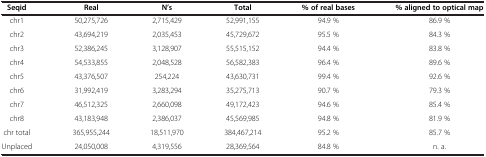
<table><thead><tr><td><b>Seqid</b></td><td><b>Real</b></td><td><b>N’s</b></td><td><b>Total</b></td><td><b>% of real bases</b></td><td><b>% aligned to optical map</b></td></tr></thead><tbody><tr><td>chr1</td><td>50,275,726</td><td>2,715,429</td><td>52,991,155</td><td>94.9 %</td><td>86.9 %</td></tr><tr><td>chr2</td><td>43,694,219</td><td>2,035,453</td><td>45,729,672</td><td>95.5 %</td><td>84.3 %</td></tr><tr><td>chr3</td><td>52,386,245</td><td>3,128,907</td><td>55,515,152</td><td>94.4 %</td><td>83.8 %</td></tr><tr><td>chr4</td><td>54,533,855</td><td>2,048,528</td><td>56,582,383</td><td>96.4 %</td><td>89.6 %</td></tr><tr><td>chr5</td><td>43,376,507</td><td>254,224</td><td>43,630,731</td><td>99.4 %</td><td>92.6 %</td></tr><tr><td>chr6</td><td>31,992,419</td><td>3,283,294</td><td>35,275,713</td><td>90.7 %</td><td>79.3 %</td></tr><tr><td>chr7</td><td>46,512,325</td><td>2,660,098</td><td>49,172,423</td><td>94.6 %</td><td>85.4 %</td></tr><tr><td>chr8</td><td>43,183,948</td><td>2,386,037</td><td>45,569,985</td><td>94.8 %</td><td>81.9 %</td></tr><tr><td>chr total</td><td>365,955,244</td><td>18,511,970</td><td>384,467,214</td><td>95.2 %</td><td>85.7 %</td></tr><tr><td>Unplaced</td><td>24,050,008</td><td>4,319,556</td><td>28,369,564</td><td>84.8 %</td><td>n. a.</td></tr></tbody></table>